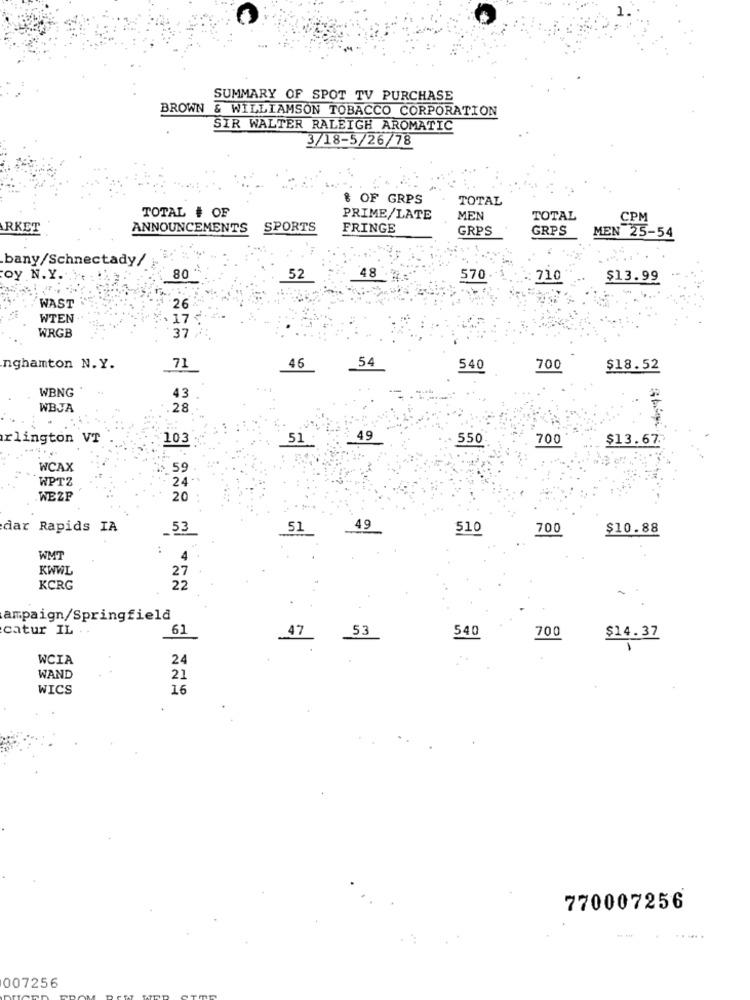
SUMMARY OF SPOT TV PURCHASE
BROWN & WILLIAMSON TOBACCO CORPORATION
SIR WALTER RALEIGH AROMATIC
3/18-5/26/78
& OF GRPS
TOTAL
TOTAL # OF
PRIME/LATE
MEN
TOTAL
CPM
RKET
ANNOUNCEMENTS
SPORTS
FRINGE
GRPS
GRPS
MEN 25-54
.bany/Schnectady/
80 "
48
oy N.Y ..
52
570
710
$13.99
WAST
26
WTEN
17
WRGB
37
54
nghamton N. Y.
71
46
540
700
$18.52
WBNG
43
WBJA
28
rlington VT
103
51
49
550
700
$13.67.
WCAX
59
WPTZ
24.
WEZP
20
49
dar Rapids IA
_53
51
510
700
$10.88
WMT
KWWL
KCRG
ampaign/Springfield
catur IL ..
61
47
53
540
700
$14.37
WCIA
24
WAND
21
WICS
16
770007256
007256